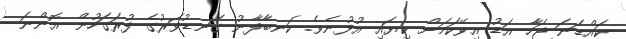
ކައްޑަނަ ޖަހާ އަޑު އިވޭކަމަށް ކިޔައި އުޅުނެވެ. ކަނބާފާނު ގަނޑުވަރުގެ ފުރަގަހުން އޮންނަ